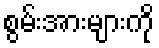
စွမ်းအားများကို